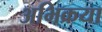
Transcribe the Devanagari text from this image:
अभिक्रया